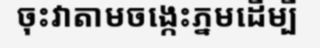
ចុះវាតាមចង្កេះភ្នមដើម្បី